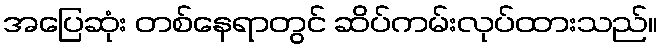
အပြေဆုံး တစ်နေရာတွင် ဆိပ်ကမ်းလုပ်ထားသည်။